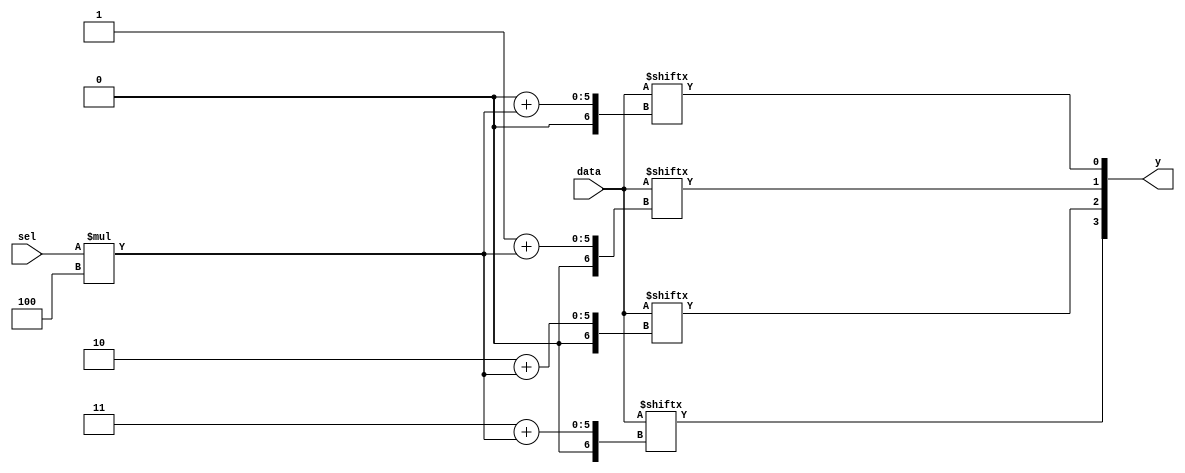
module mux4(input [15:0] data, input[1:0] sel, output [3:0]y);
  // Data flow style of modelling to implement a 16 bit wide 4:1 MUX
  assign y[3:0] = {data[3+(sel*4)],data[2+(sel*4)],data[1+(sel*4)],data[0+(sel*4)]};
endmodule